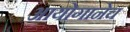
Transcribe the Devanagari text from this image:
आयोगानेच